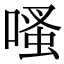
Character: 𠹏